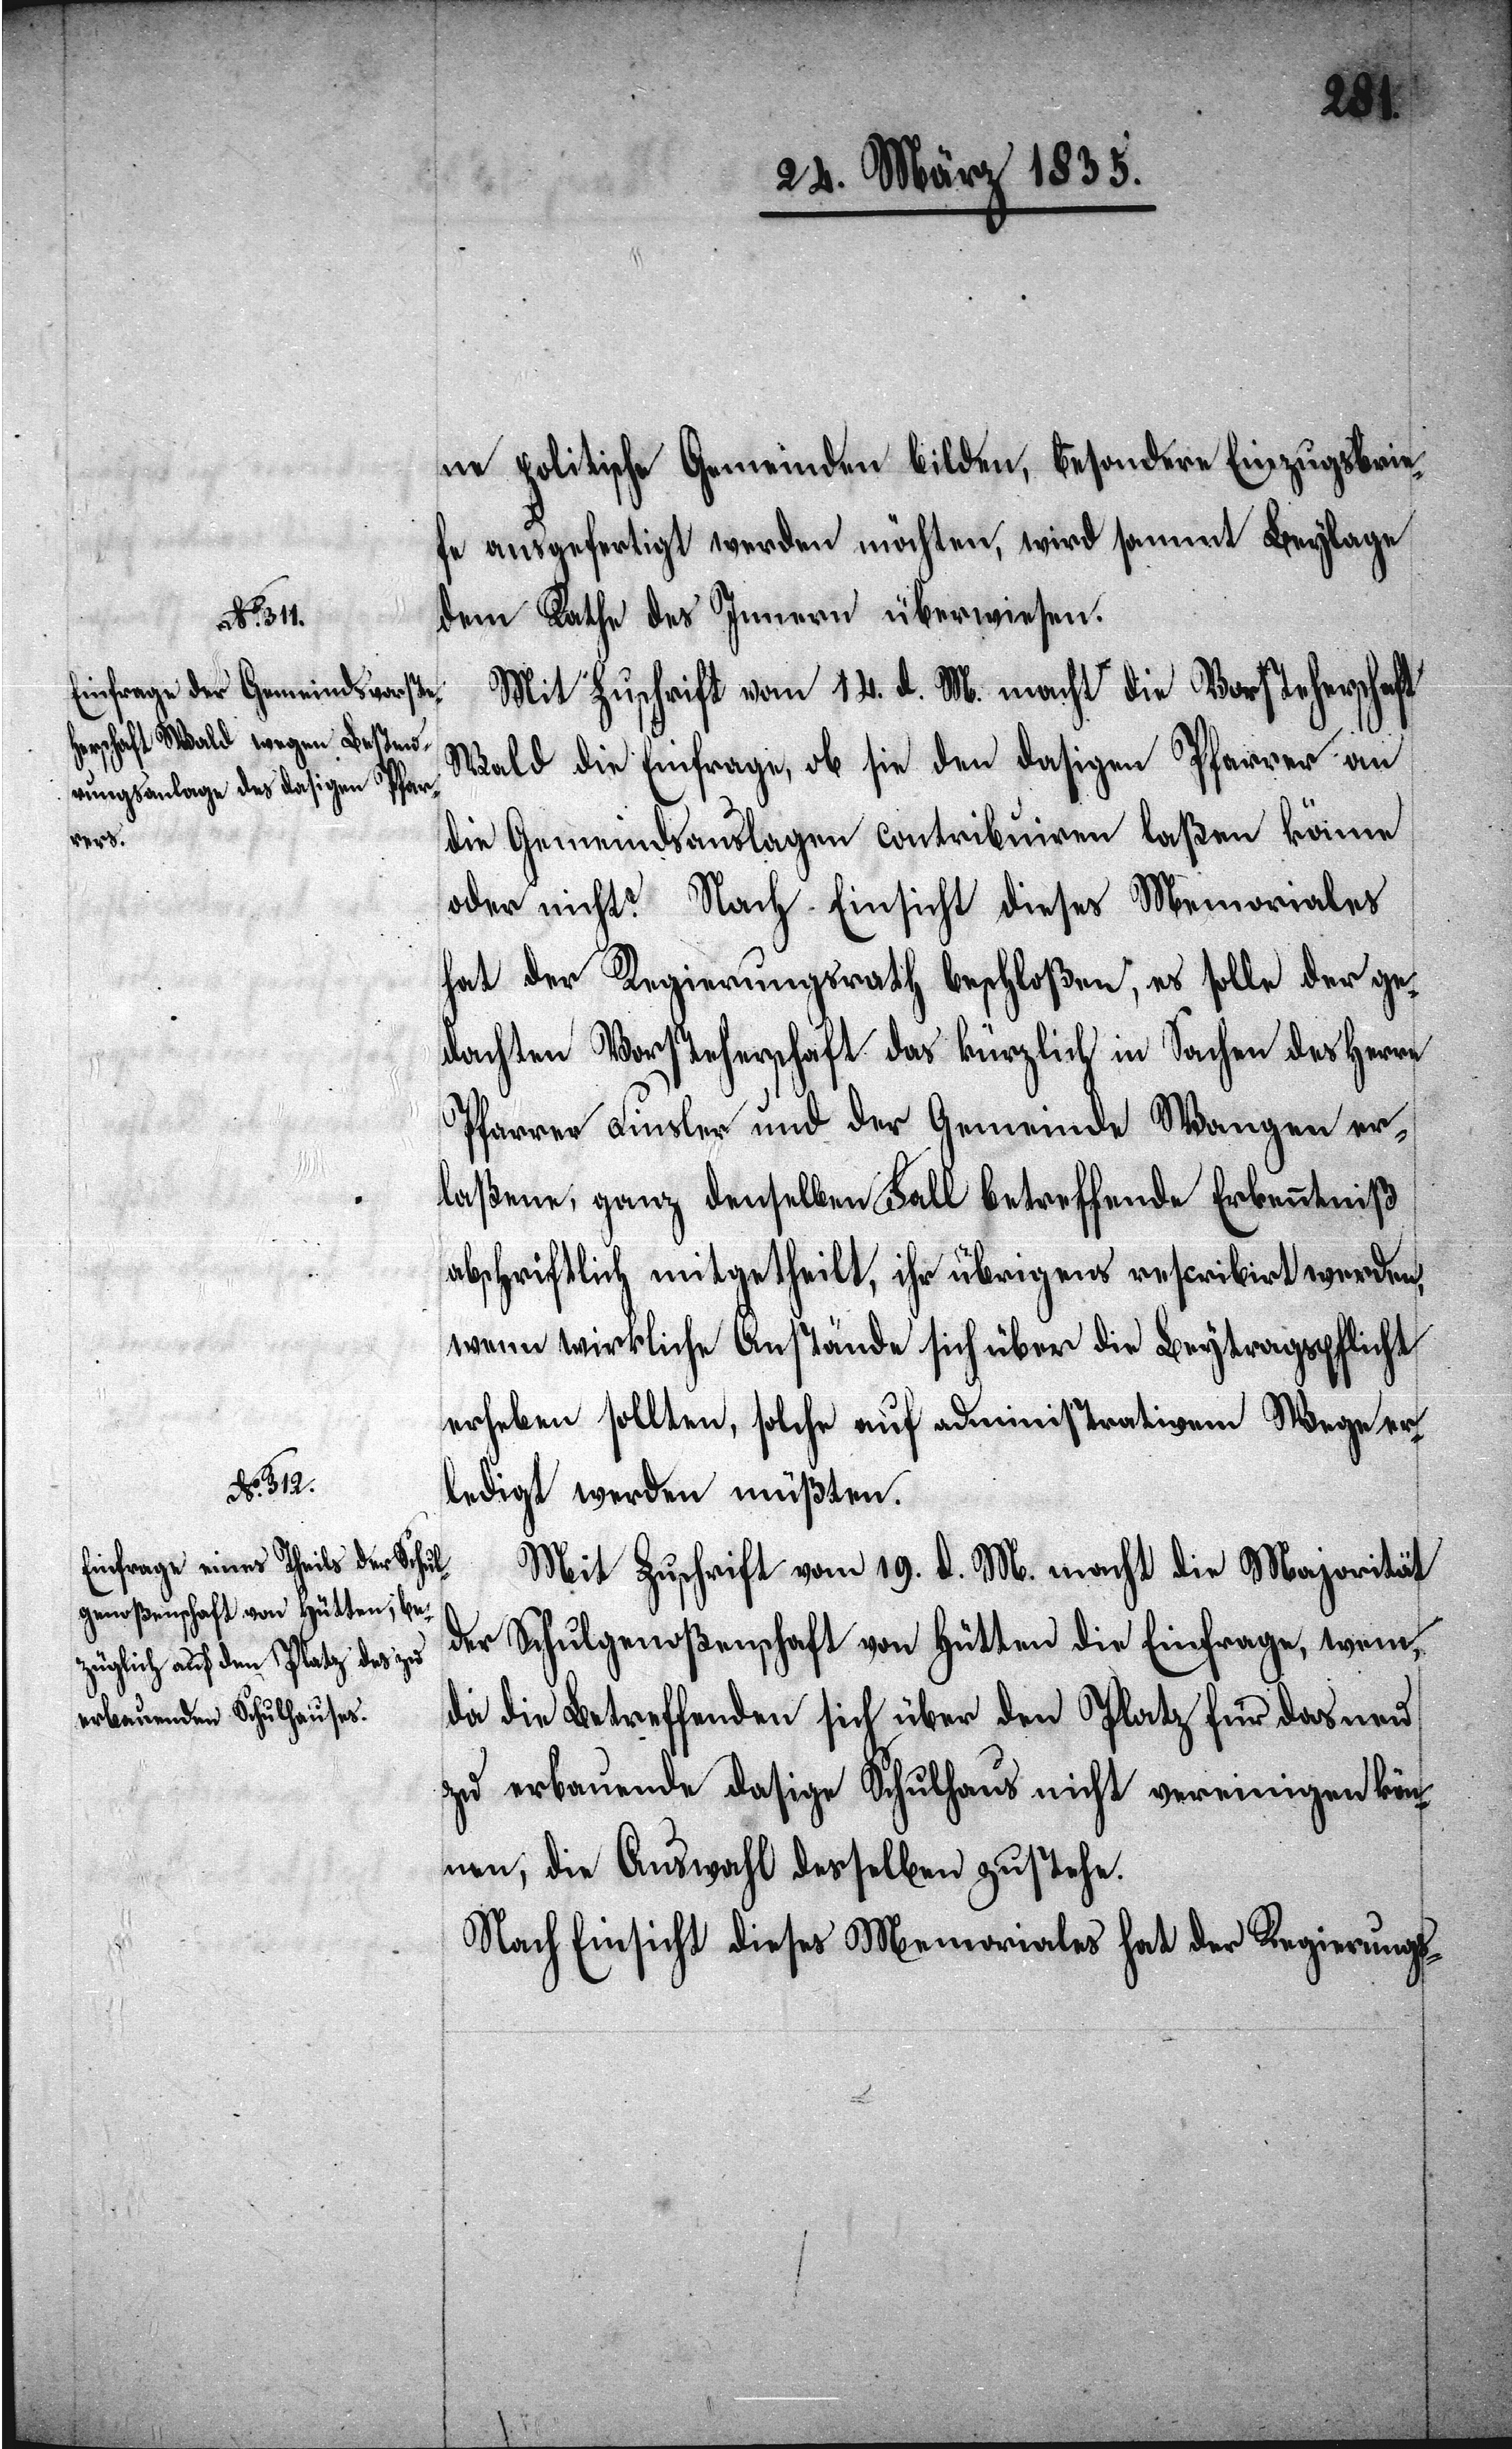
ne politische Gemeinden bilden, besondere Einzugsbrie¬
fe ausgefertigt werden möchten, wird sammt Beylage
dem Rathe des Innern überwiesen.
Mit Zuschrift vom 14. d. M. macht die Vorsteherschaft
Wald die Einfrage, ob sie den dasigen Pfarrer an
die Gemeindsauslagen contribuiren laßen könne
oder nicht? Nach Einsicht dieses Memoriales
hat der Regierungsrath beschloßen, es solle der ge¬
dachten Vorsteherschaft das kürzlich in Sachen des Herrn
Pfarrer Finsler und der Gemeinde Wangen er¬
laßene, ganz denselben Fall betreffende Erkenntniß
abschriftlich mitgetheilt, ihr übrigens rescribirt werden,
wenn wirkliche Anstände sich über die Beytragspflicht
erheben sollten, solche auf administrativem Wege er¬
ledigt werden müßten.
Mit Zuschrift vom 19. d. M. macht die Majorität
der Schulgenoßenschaft von Hütten die Einfrage, wem,
da die Betreffenden sich über den Platz für das neu
zu erbauende dasige Schulhaus nicht vereinigen kön¬
nen, die Auswahl desselben zustehe.
Nach Einsicht dieses Memoriales hat der Regierungs-